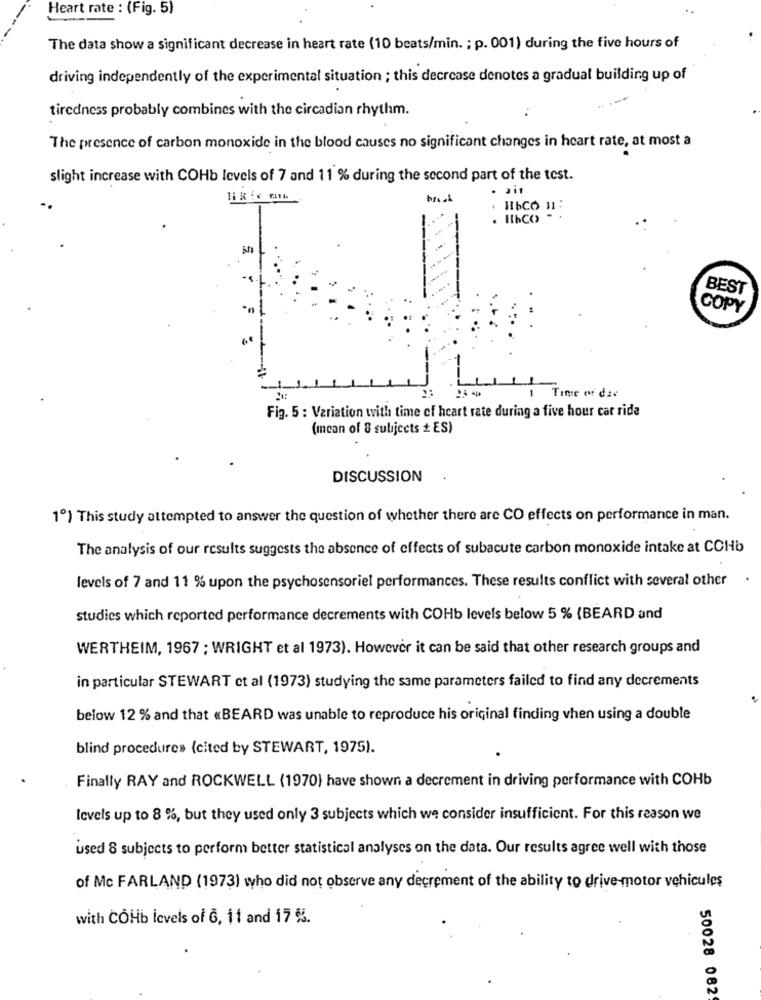
Heart rate : (Fig. 5)
--
The data show a significant decrease in heart rate (10 beats/min. ; p. 001) during the five hours of
driving independently of the experimental situation ; this decrease denotes a gradual building up of
tiredness probably combines with the circadian rhythm.
The presence of carbon monoxide in the blood causes no significant changes in heart rate, at most a
slight increase with COHb levels of 7 and 11 % during the second part of the test.
. HbCO 11:
. IthCO-
BEST
COPY
Fig. 5 : Variation with time of heart rate during a five hour car ride
(mean of 8 subjects + ES)
DISCUSSION
1º) This study attempted to answer the question of whether there are CO effects on performance in man.
The analysis of our results suggests the absence of effects of subacute carbon monoxide intake at COHb
levels of 7 and 11 % upon the psychosensoriel performances. These results conflict with several other
studies which reported performance decrements with COHb levels below 5 % (BEARD and
WERTHEIM, 1967 ; WRIGHT et al 1973). However it can be said that other research groups and
in particular STEWART ct al (1973) studying the same parameters failed to find any decrements
below 12 % and that «BEARD was unable to reproduce his original finding when using a double
blind procedure» (cited by STEWART, 1975).
Finally RAY and ROCKWELL (1970) have shown a decrement in driving performance with COHb
levels up to 8 %, but they used only 3 subjects which we consider insufficient. For this reason we
used 8 subjects to perform better statistical analyses on the data. Our results agree well with those
of Mc FARLAND (1973) who did not observe any decrement of the ability to drive-motor vehicules
with COHb icvels of 6, 11 and 17 %.
50028 082